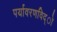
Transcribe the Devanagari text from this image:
पर्यावरणविद्ो